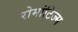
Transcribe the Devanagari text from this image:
रोमांटिज्म